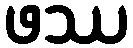
ဖဿ